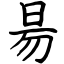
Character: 昜